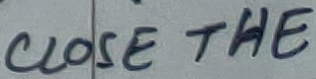
Text: CLOSE THE